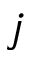
j